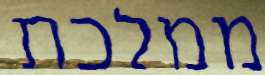
ממלכת